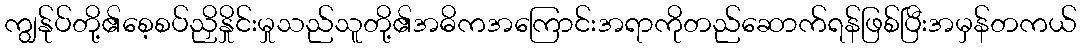
ကျွန်ုပ်တို့၏စေ့စပ်ညှိနှိုင်းမှုသည်သူတို့၏အဓိကအကြောင်းအရာကိုတည်ဆောက်ရန်ဖြစ်ပြီးအမှန်တကယ်